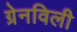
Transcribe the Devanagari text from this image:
ग्रेनविली